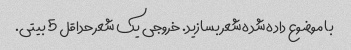
با موضوع داده شده شعر بسازید. خروجی یک شعر حداقل 5 بیتی.